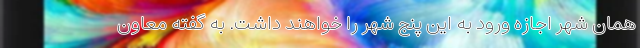
همان شهر اجازه ورود به این پنج شهر را خواهند داشت. به گفته معاون